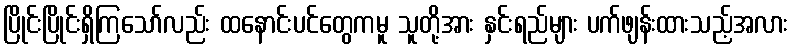
ပြိုင်းပြိုင်းရှိကြသော်လည်း ထနောင်းပင်တွေကမူ သူတို့အား နှင်းရည်များ ပက်ဖျန်းထားသည့်အလား